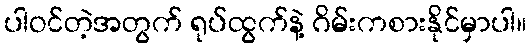
ပါဝင်တဲ့အတွက် ရုပ်ထွက်နဲ့ ဂိမ်းကစားနိုင်မှာပါ။